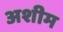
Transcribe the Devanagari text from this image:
अशीम